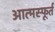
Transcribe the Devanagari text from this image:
आत्मस्फूर्त